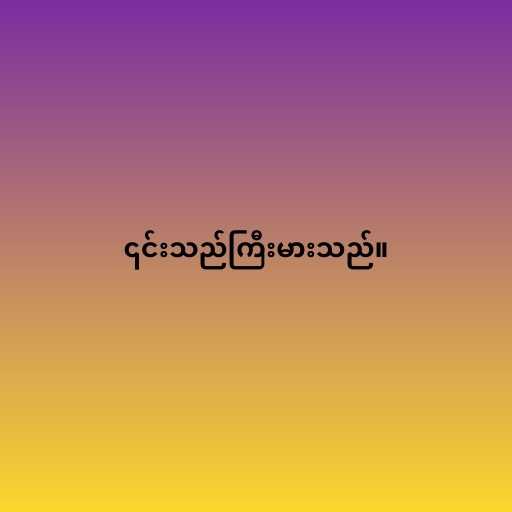
၎င်းသည်ကြီးမားသည်။